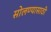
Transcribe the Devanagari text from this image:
सोलण्यासाठी